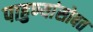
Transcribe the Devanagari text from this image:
पाहुण्यांसोबत